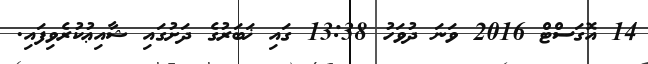
14 އޮގަސްޓް 2016 ވަނަ ދުވަހު 13:38 ގައި ޚަބަރުގެ ދަށުގައި ޝާއިޢުކުރެވިފައި.